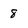
Character: 8